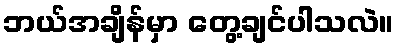
ဘယ်အချိန်မှာ တွေ့ချင်ပါသလဲ။